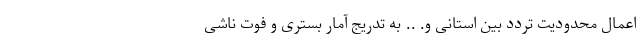
اعمال محدودیت تردد بین استانی و. .. به تدریج آمار بستری و فوت ناشی